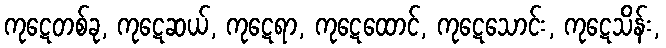
ကုဋေတစ်ခု, ကုဋေဆယ်, ကုဋေရာ, ကုဋေထောင်, ကုဋေသောင်း, ကုဋေသိန်း,